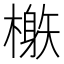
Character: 𣛘